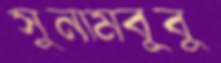
সুনামবুবু